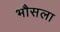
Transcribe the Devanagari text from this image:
भौसला